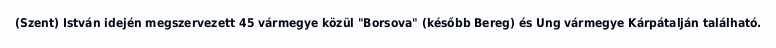
(Szent) István idején megszervezett 45 vármegye közül "Borsova" (később Bereg) és Ung vármegye Kárpátalján található.